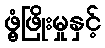
ဖွံ့ဖြိုးမှုနှင့်